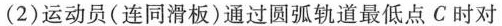
(2)运动员(连同滑板)通过圆弧轨道最低点C时对